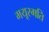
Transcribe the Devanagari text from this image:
मयूरगति